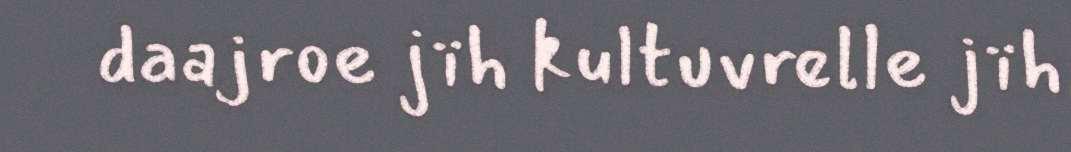
daajroe jïh kultuvrelle jïh